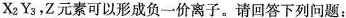
X_{2}Y_{3}，Z元素可以形成负一价离子。请回答下列问题：